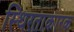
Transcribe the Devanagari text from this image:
स्थिरताकारक